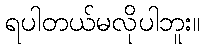
ရပါတယ်မလိုပါဘူး။